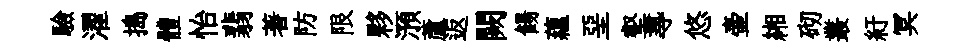
驗濯搗體怡翡著防限夥澦蘆返闕餳藴堊壑𡬶悠壷緗砌叢紆冥